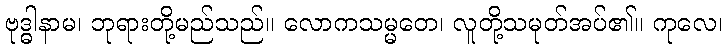
ဗုဒ္ဓါနာမ၊ ဘုရားတို့မည်သည်။ လောကသမ္မတေ၊ လူတို့သမုတ်အပ်၏။ ကုလေ၊